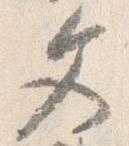
文